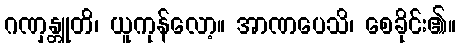
ဂဏှန္တူတိ၊ ယူကုန်လော့။ အာဏပေသိ၊ စေခိုင်း၏။